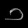
Digit: ၁